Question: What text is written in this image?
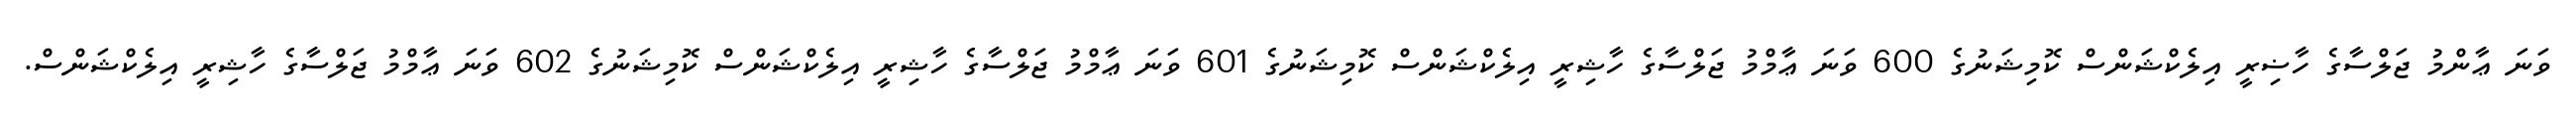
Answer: ވަނަ ޢާންމު ޖަލްސާގެ ހާޟިރީ އިލެކްޝަންސް ކޮމިޝަނުގެ 600 ވަނަ ޢާމްމު ޖަލްސާގެ ހާޝިރީ އިލެކްޝަންސް ކޮމިޝަނުގެ 601 ވަނަ ޢާމްމު ޖަލްސާގެ ހާޝިރީ އިލެކްޝަންސް ކޮމިޝަނުގެ 602 ވަނަ ޢާމްމު ޖަލްސާގެ ހާޝިރީ އިލެކްޝަންސް.